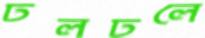
ঢলঢলে